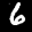
Label: 6